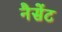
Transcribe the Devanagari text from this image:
नैसेंट